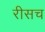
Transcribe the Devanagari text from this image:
रीसच